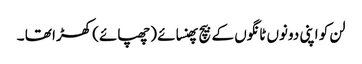
لن کو اپنی دونوں ٹانگوں کے بیچ پھنسائے (چھپائے) کھڑا تھا ۔